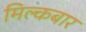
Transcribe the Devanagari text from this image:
मिल्कबार